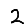
Digit: 2